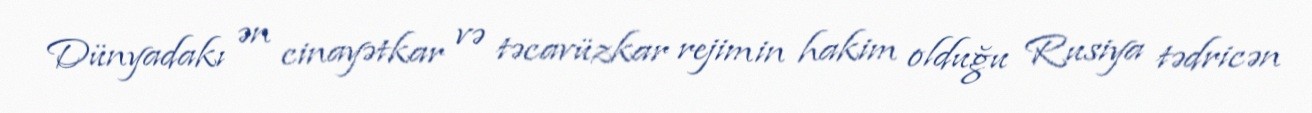
Dünyadakı ən cinayətkar və təcavüzkar rejimin hakim olduğu Rusiya tədricən